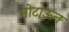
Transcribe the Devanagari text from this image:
मोटाऊन